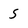
Character: S